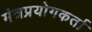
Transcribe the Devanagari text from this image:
मंत्रप्रयोगकर्ता